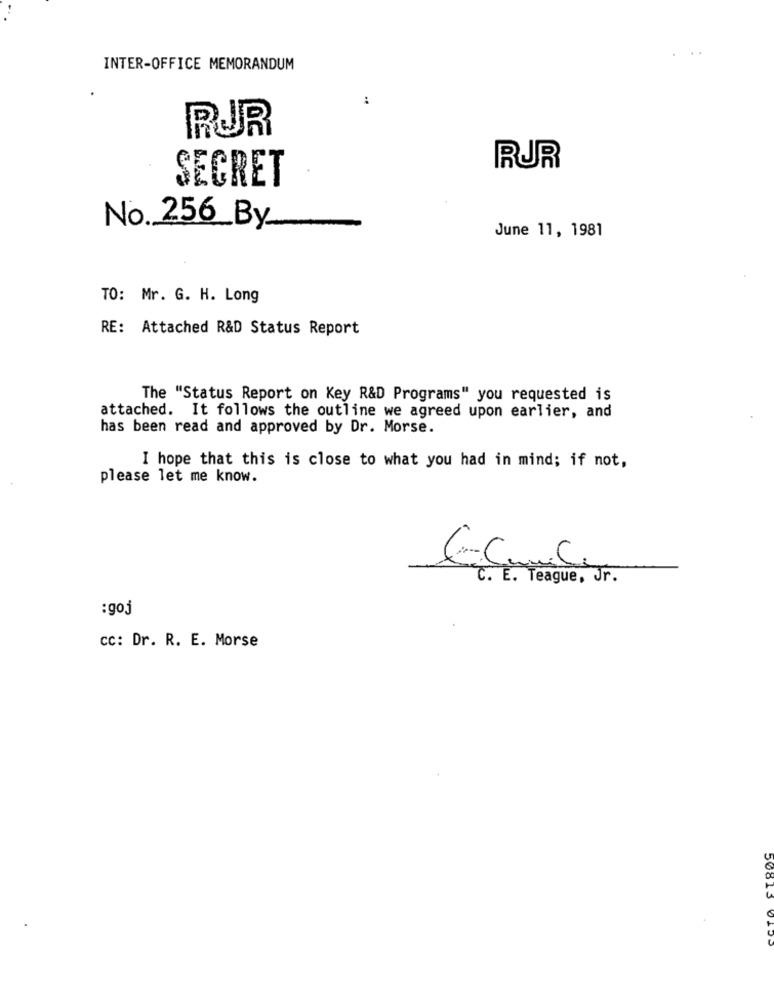
INTER-OFFICE MEMORANDUM
:
RUR
RUR
SECRET
No. 256_By_
June 11, 1981
TO: Mr. G. H. Long
RE: Attached R&D Status Report
The "Status Report on Key R&D Programs" you requested is
attached. It follows the outline we agreed upon earlier, and
has been read and approved by Dr. Morse.
I hope that this is close to what you had in mind; if not,
please let me know.
C. E. Teague, Jr.
:goj
cc: Dr. R. E. Morse